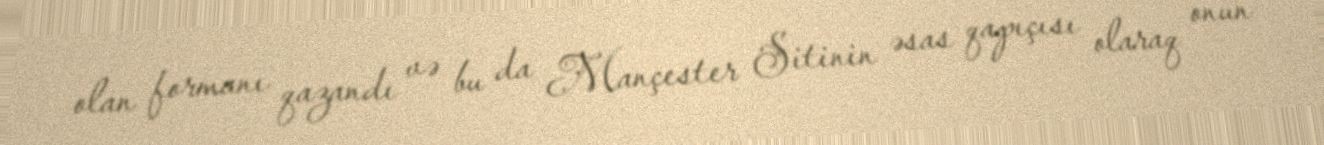
olan formanı qazandı və bu da Mançester Sitinin əsas qapıçısı olaraq onun